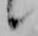
候